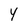
Character: Y